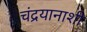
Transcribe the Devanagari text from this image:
चंद्रयानाशी